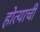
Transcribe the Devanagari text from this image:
होत्याची